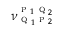
\nu _ { \textsc { q } _ { 1 } \textsc { p } _ { 2 } } ^ { \textsc { p } _ { 1 } \textsc { q } _ { 2 } }